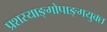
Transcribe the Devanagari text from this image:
प्रशस्याङ्‌गोपाङ्‌गयुक्त